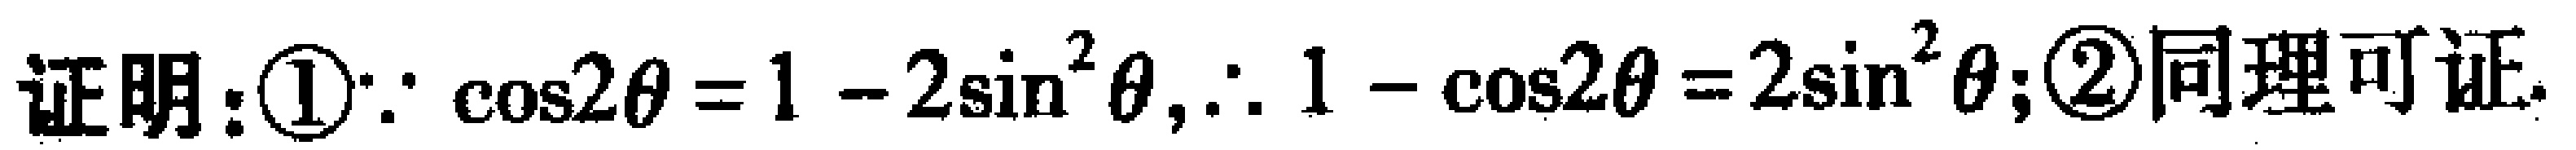
证明：\textcircled{1}$\because \cos 2\theta = 1 - 2\sin^{2}\theta,\therefore 1 - \cos 2\theta = 2\sin^{2}\theta$; \textcircled{2}同理可证.